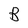
Character: B